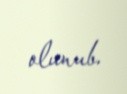
olunub.